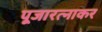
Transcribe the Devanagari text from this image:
पूजारत्नाकर